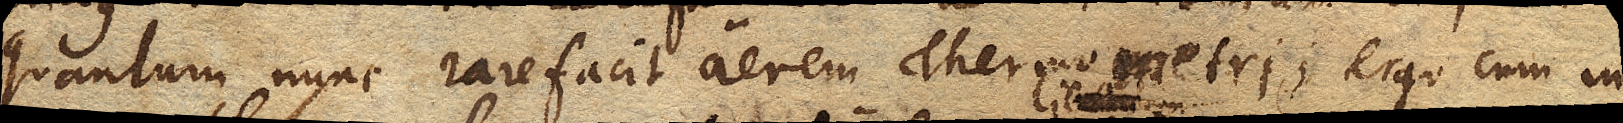
quantum nunc rarefacit aerem Thermometri, ergo cum in